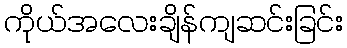
ကိုယ်အလေးချိန်ကျဆင်းခြင်း